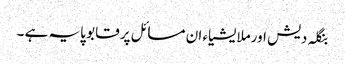
بنگلہ دیش اورملایشیاء ان مسائل پر قابو پایہ ہے ۔